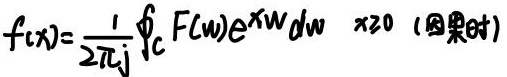
$f(x)=\frac{1}{2\pi j}\oint_{C} F(w)e^{x w} dw \quad x \geq 0 \text{ (因果时)}$